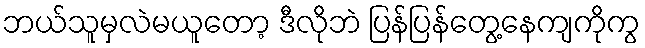
ဘယ်သူမှလဲမယူတော့ ဒီလိုဘဲ ပြန်ပြန်တွေ့နေကျကိုကွ